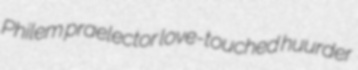
Philem praelector love-touched huurder